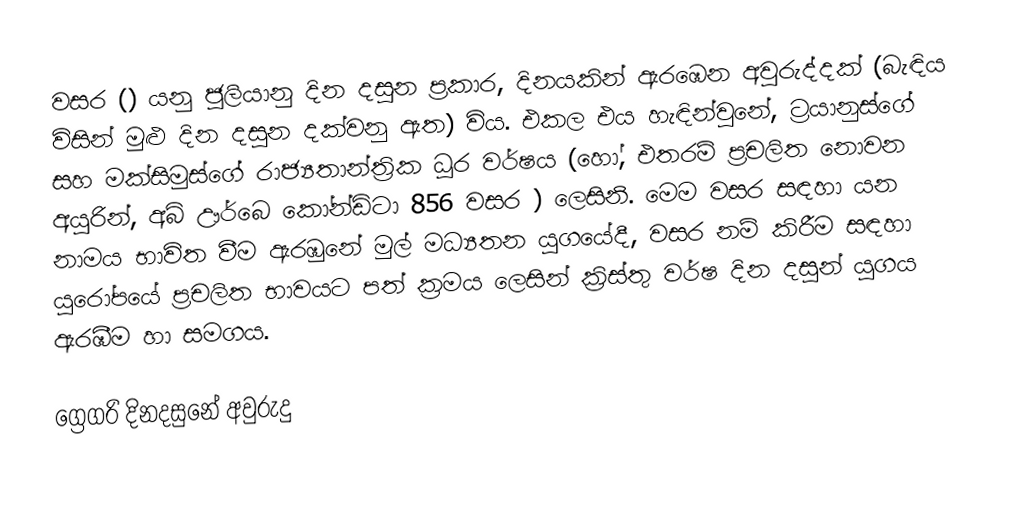

වසර   () යනු  ජූලියානු දින දසුන ප්‍රකාර,    දිනයකින් ඇරඹෙන  අවුරුද්දක්   (බැඳිය විසින් මුළු දින දසුන දක්වනු ඇත)  විය. එකල එය හැඳින්වුනේ, 	ට්‍රයානුස්ගේ	 සහ 	මක්සිමුස්ගේ	  රාජ්‍යතාන්ත්‍රික  ධූර වර්ෂය  (හෝ, එතරම් ප්‍රචලිත නොවන අයුරින්,  අබ් ඌර්බෙ කෝන්ඩිටා 	856	  වසර  ) ලෙසිනි. මෙම වසර සඳහා   යන නාමය භාවිත වීම ඇරඹුනේ මුල් මධ්‍යතන යුගයේදී, වසර නම් කිරීම සඳහා යුරෝපයේ ප්‍රචලිත භාවයට පත් ක්‍රමය ලෙසින් ක්‍රිස්තු වර්ෂ දින දසුන් යුගය ඇරඹීම හා සමගය.

ග්‍රෙගරි දිනදසුනේ අවුරුදු